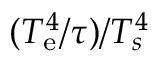
( T _ { \mathrm { e } } ^ { 4 } / \tau ) / T _ { s } ^ { 4 }